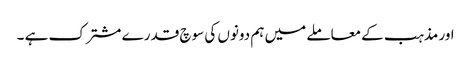
اور مذہب کے معاملے میں ہم دونوں کی سوچ قدرے مشترک ہے ۔